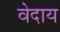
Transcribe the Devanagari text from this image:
वेदाय